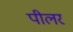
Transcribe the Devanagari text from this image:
पीलर